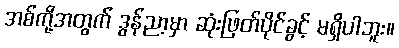
အစ်ကို့အတွက် ဒွန်ညာ့မှာ ဆုံးဖြတ်ပိုင်ခွင့် မရှိပါဘူး။